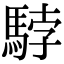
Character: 𩣡